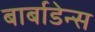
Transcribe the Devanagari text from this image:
बार्बाडेन्स